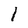
Character: 1